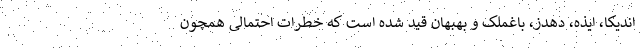
اندیکا، ایذه، دهدز، باغملک و بهبهان قید شده است که خطرات احتمالی همچون